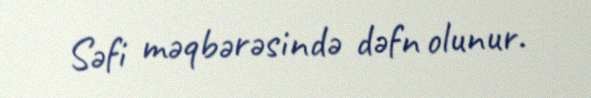
Səfi məqbərəsində dəfn olunur.